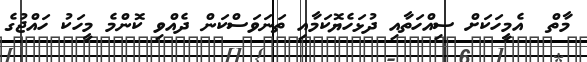
މާތް  އެމީހަކަށް ސިއްހަތާއި ދުޅަހެޔޮކަމާއި ތަނަވަސްކަން ދެއްވި ކޮންމެ މީހަކު ހައްޖުގެ